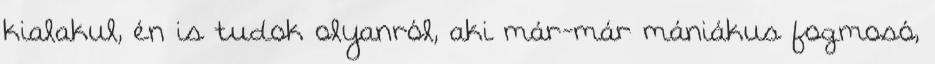
kialakul, én is tudok olyanról, aki már-már mániákus fogmosó,